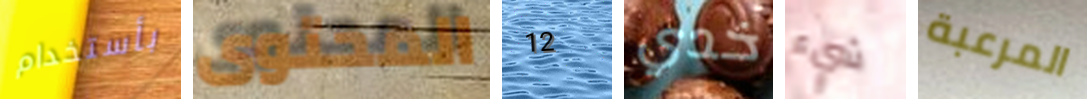
بأستخدام المحتوى 12 خدي شيء المرعبة